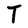
Character: T